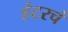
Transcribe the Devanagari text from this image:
हंटरचं